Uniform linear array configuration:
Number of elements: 24
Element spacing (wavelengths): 0.5
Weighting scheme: uniform
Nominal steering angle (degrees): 30
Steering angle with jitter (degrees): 30.865
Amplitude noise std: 0.05
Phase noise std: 0.05

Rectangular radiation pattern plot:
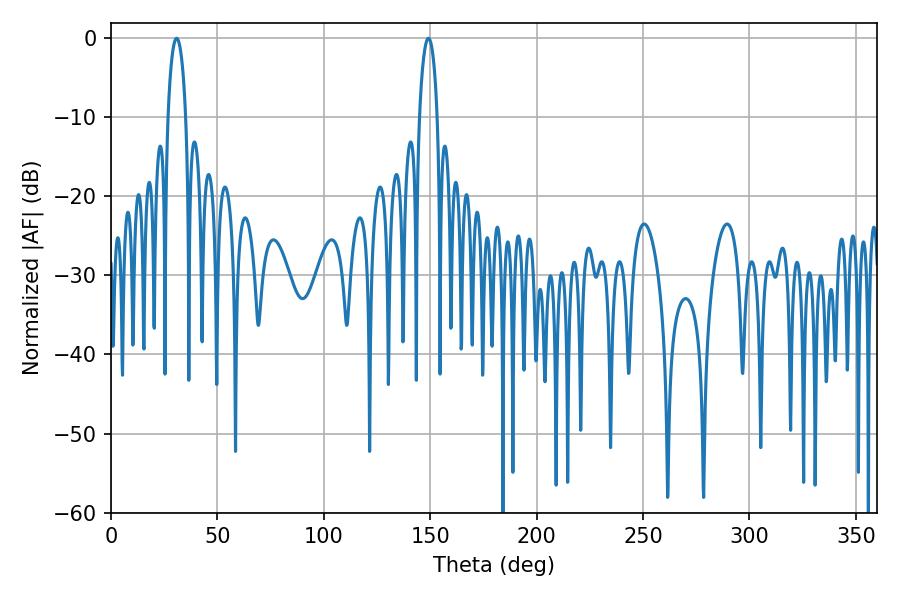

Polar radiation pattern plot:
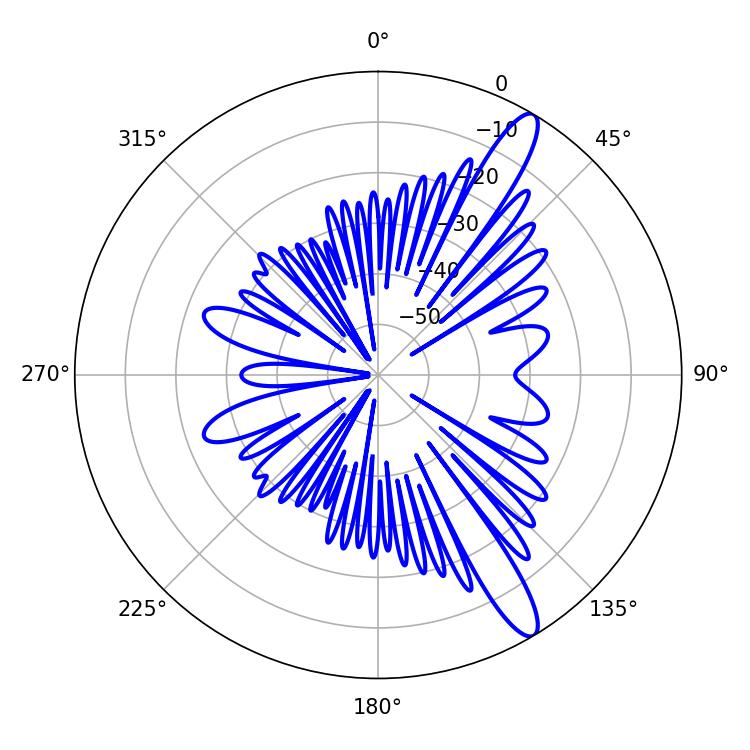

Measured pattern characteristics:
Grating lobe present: FALSE
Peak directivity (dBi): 13.062
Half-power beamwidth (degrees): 4.86
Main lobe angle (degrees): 30.78